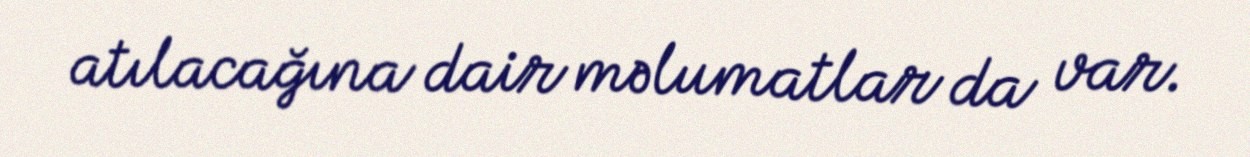
atılacağına dair məlumatlar da var.